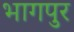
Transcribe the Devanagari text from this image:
भागपुर